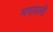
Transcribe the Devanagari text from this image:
मगावली